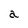
Character: a